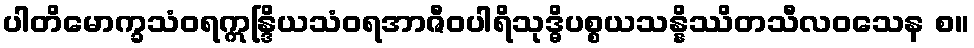
ပါတိမောက္ခသံဝရဣန္ဒြိယသံဝရအာဇီဝပါရိသုဒ္ဓိပစ္စယသန္နိဿိတသီလဝသေန စ။